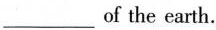
___ of the earth.